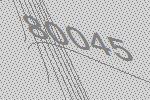
80045